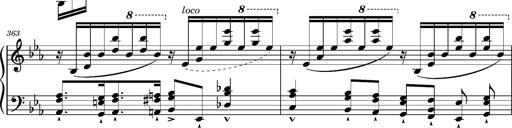
Title: Magyar rapszÃ³diÃ¡k
Composer: Franz Liszt